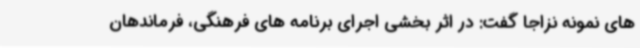
های نمونه نزاجا گفت: در اثر بخشی اجرای برنامه های فرهنگی، فرماندهان